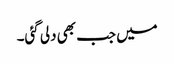
میں جب بھی دلی گئی۔